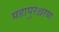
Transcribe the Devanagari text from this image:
महापुरश्चरण